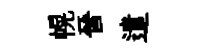
幌晉遣